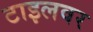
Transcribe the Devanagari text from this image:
टाइलवर